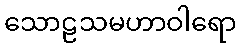
သောဠသမဟာဝါရော